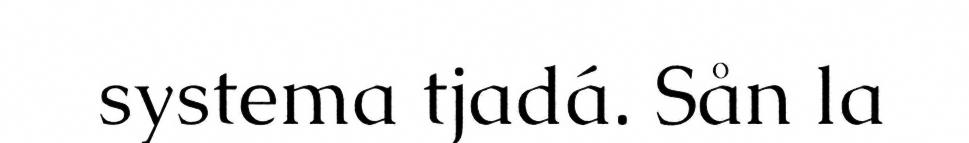
systema tjadá. Sån la